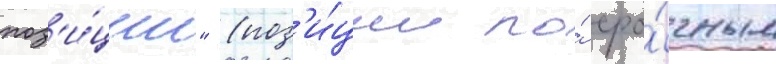
поз'и́ции" (поз'и́ции по́ сро́чным